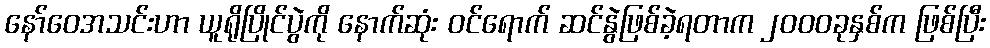
နော်ဝေအသင်းဟာ ယူရိုပြိုင်ပွဲကို နောက်ဆုံး ဝင်ရောက် ဆင်နွဲဖြစ်ခဲ့ရတာက ၂၀၀၀ခုနှစ်က ဖြစ်ပြီး